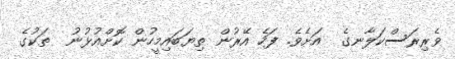
ވެރިރަސްކަލާނގެ  އަށެވެ. ފަހެ އޭރުން ތިޔަބައިމީހުން ކޮށްއުޅުނު  ތަކުގެ